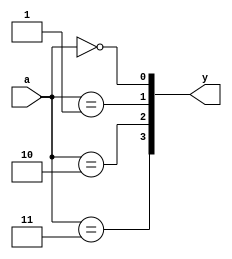
// N to 2^N Decoder

module decoder #(
    parameter N = 2
)(
    input [N - 1:0]         a,
    output [(1 << N) - 1:0] y
);

genvar i;
generate
    for (i = 0; i < (1 << N); i = i + 1) begin
        assign y[i] = (a == i);
    end
endgenerate

endmodule